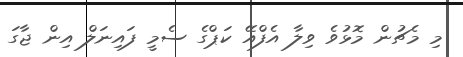
މި މެޗުން މޮޅުވެ ވިލާ އެފްއޭ ކަޕްގެ ސެމީ ފައިނަލް އިން ޖާގަ